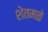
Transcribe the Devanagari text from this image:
शेतमळे